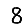
Digit: 8